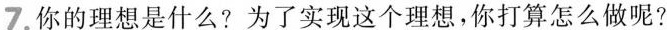
7.你的理想是什么?为了实现这个理想，你打算怎么做呢?